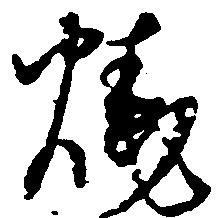
焼